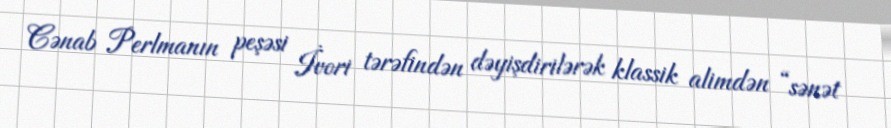
Cənab Perlmanın peşəsi İvori tərəfindən dəyişdirilərək klassik alimdən “sənət